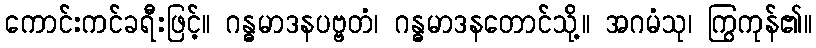
ကောင်းကင်ခရီးဖြင့်။ ဂန္ဓမာဒနပဗ္ဗတံ၊ ဂန္ဓမာဒနတောင်သို့။ အဂမံသု၊ ကြွကုန်၏။